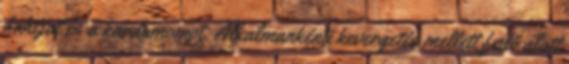
fahéjat és a kardamomot. Alkalmankénti kevergetés mellett fedő alatt